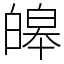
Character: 皞